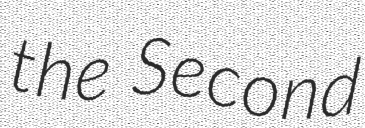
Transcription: the Second